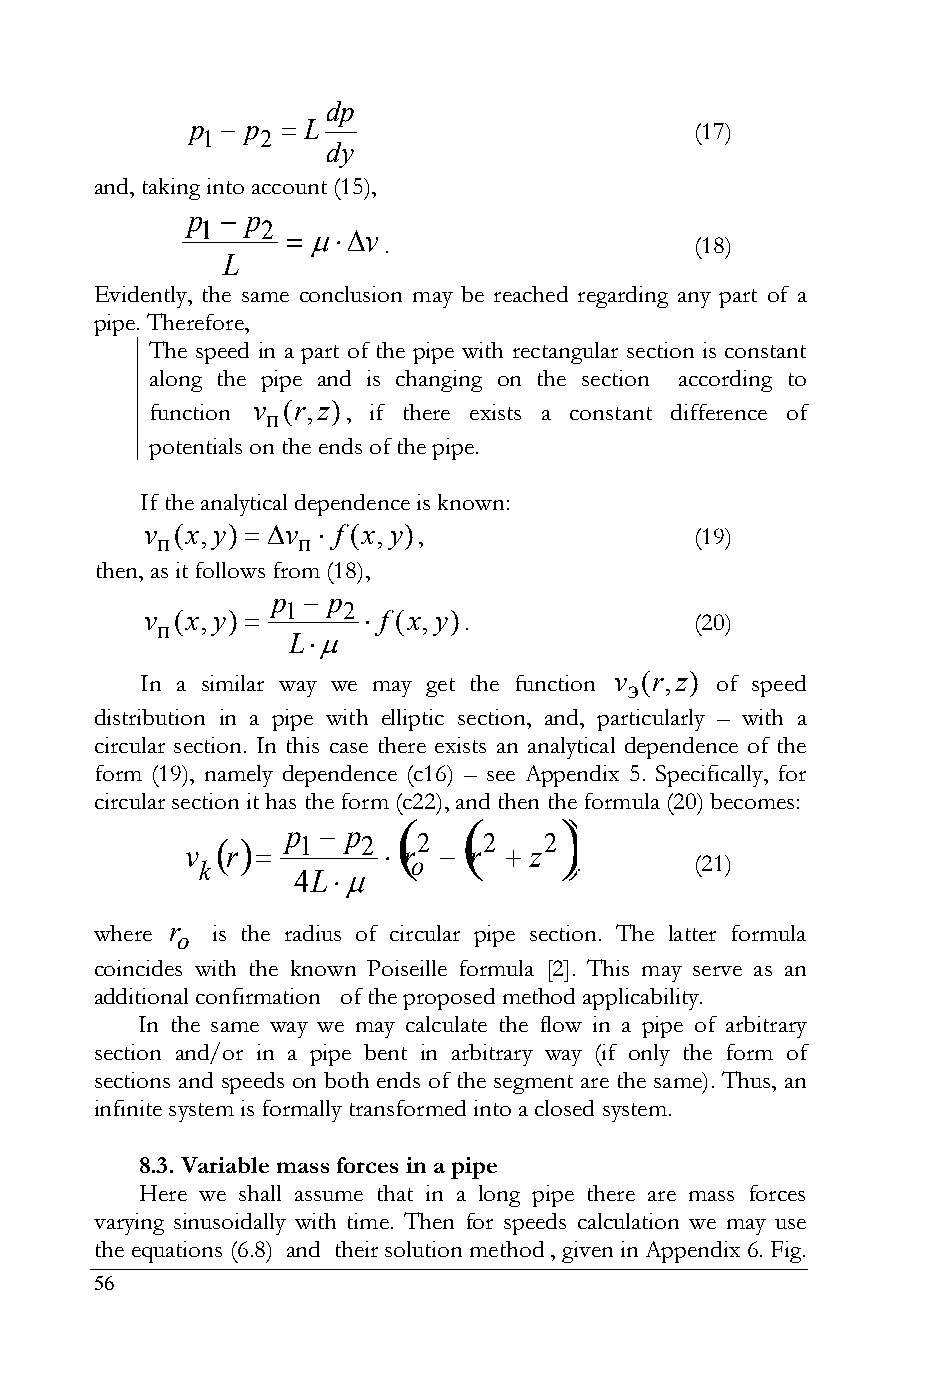
dp
 p  p  L                        (17)
 1   2
 dy
 and, taking into account (15),
 p   p
 1   2
 v
 .                    (18)
 L
 Evidently, the same conclusion may be reached regarding any part of a
 pipe. Therefore,
 The speed in a part of the pipe with rectangular section is constant
 along the pipe and is changing on the section according to
 function v п(r,z), if there exists a constant difference of
 potentials on the ends of the pipe.
 If the analytical dependence is known:
 v п(x,y)  v п  f (x,y),          (19)
 then, as it follows from (18),
 p  p
 1   2
 v п(x,y)      f (x,y).            (20)
 L
 In a similar way we may get the function v э(r,z) of speed
 distribution in a pipe with elliptic section, and, particularly – with a
 circular section. In this case there exists an analytical dependence of the
 form (19), namely dependence (c16) – see Appendix 5. Specifically, for
 circular section it has the form (с22), and then the formula (20) becomes:
          
 p  p
     1   2   2   2   2
 v  r         r  r  z
 k             o          .       (21)
 4L
 where r o is the radius of circular pipe section. The latter formula
 coincides with the known Poiseille formula [2]. This may serve as an
 additional confirmation of the proposed method applicability.
 In the same way we may calculate the flow in a pipe of arbitrary
 section and/or in a pipe bent in arbitrary way (if only the form of
 sections and speeds on both ends of the segment are the same). Thus, an
 infinite system is formally transformed into a closed system.
 8.3. Variable mass forces in a pipe
 Here we shall assume that in a long pipe there are mass forces
 varying sinusoidally with time. Then for speeds calculation we may use
 the equations (6.8) and their solution method , given in Appendix 6. Fig.
 56